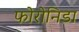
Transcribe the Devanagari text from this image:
फोरोनिडा